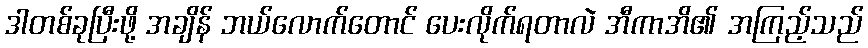
ဒါတစ်ခုပြီးဖို့ အချိန် ဘယ်လောက်တောင် ပေးလိုက်ရတာလဲ အီကာအိ၏ အကြည့်သည်